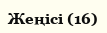
Жеңісі (16)